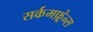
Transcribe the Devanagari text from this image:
सर्कमफ़्रेन्स